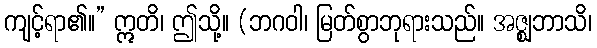
ကျင့်ရာ၏။” ဣတိ၊ ဤသို့။ (ဘဂဝါ၊ မြတ်စွာဘုရားသည်။ အဇ္ဈဘာသိ၊